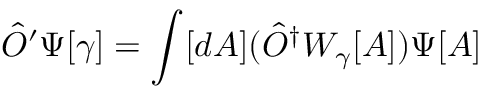
{ \hat { O } } ^ { \prime } \Psi [ \gamma ] = \int [ d A ] ( { \hat { O } } ^ { \dagger } W _ { \gamma } [ A ] ) \Psi [ A ]